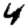
Digit: 4